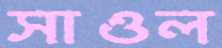
সাওল